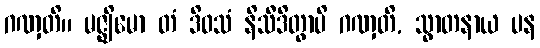
ဂဏှတိ။ မဇ္ဈိမော တံ ဒိဝသံ နိသီဒိတွာပိ ဂဏှတိ, သွာတနာယ ပန